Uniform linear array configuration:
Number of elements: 64
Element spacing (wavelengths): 1
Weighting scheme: hamming
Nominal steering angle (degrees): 30
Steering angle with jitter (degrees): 30.436
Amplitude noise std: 0.05
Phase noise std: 0.05

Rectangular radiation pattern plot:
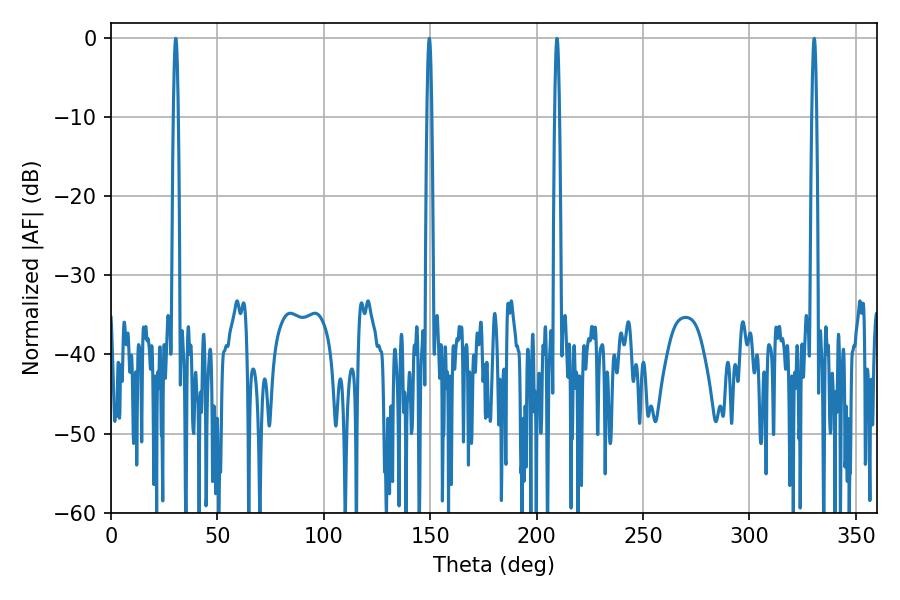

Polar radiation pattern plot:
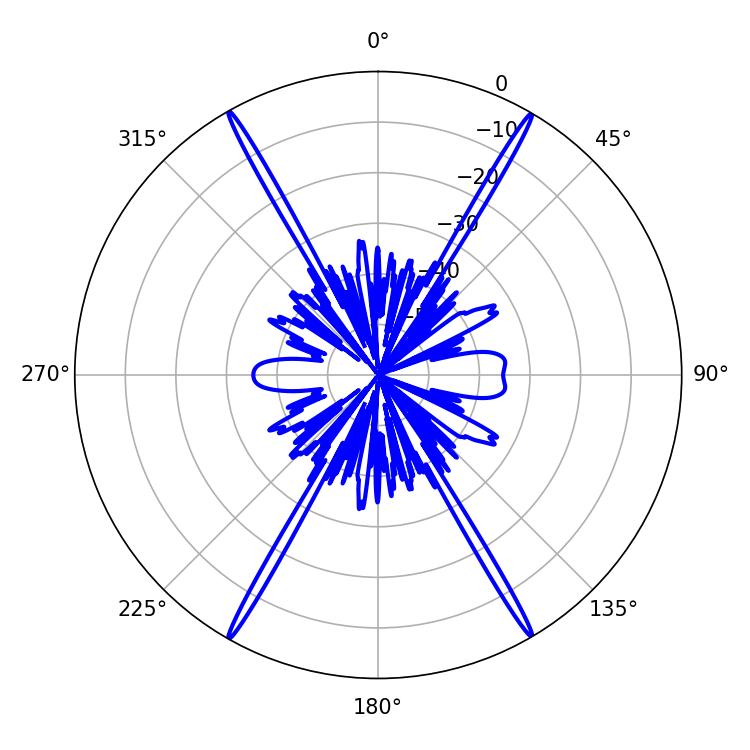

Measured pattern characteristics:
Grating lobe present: TRUE
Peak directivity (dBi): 33.313
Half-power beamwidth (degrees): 1.08
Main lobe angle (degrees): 30.42